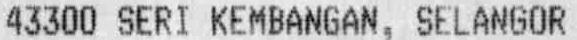
43300 SERI KEMBANGAN, SELANGOR